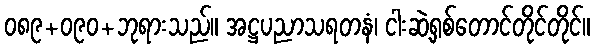
၀၈၉+၀၉၀+ဘုရားသည်။ အဋ္ဌပညာသရတနံ၊ ငါးဆဲ့ရှစ်တောင်တိုင်တိုင်။